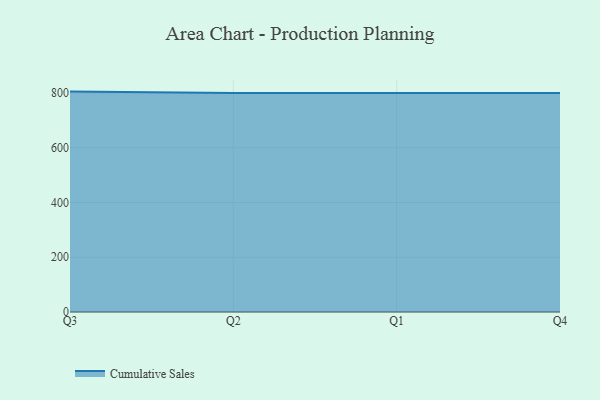
{"axis": {"x": "Quarter", "y": "Active Users"}, "legend": ["Cumulative Sales"], "data": [{"x": "Q3", "y": 805.1, "type": "Cumulative Sales"}, {"x": "Q2", "y": 800, "type": "Cumulative Sales"}, {"x": "Q1", "y": 800, "type": "Cumulative Sales"}, {"x": "Q4", "y": 800, "type": "Cumulative Sales"}]}